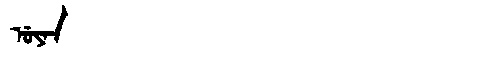
Manchu: ᡠᠶᠠᠨ
Romanization: UYAN